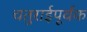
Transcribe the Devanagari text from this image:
चतुराईपूर्वक